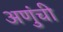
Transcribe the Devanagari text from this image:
अणुंची